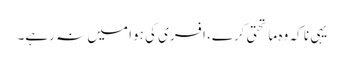
یہی نا کہ وہ ماتحتی کرے، افسری کی ہوا میں نہ رہے۔